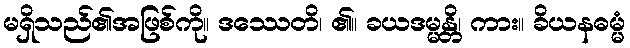
မရှိသည်၏အဖြစ်ကို။ ဒဿေတိ၊ ၏။ ခယဒမ္မန္တိ၊ ကား။ ခိယနဓမ္မံ